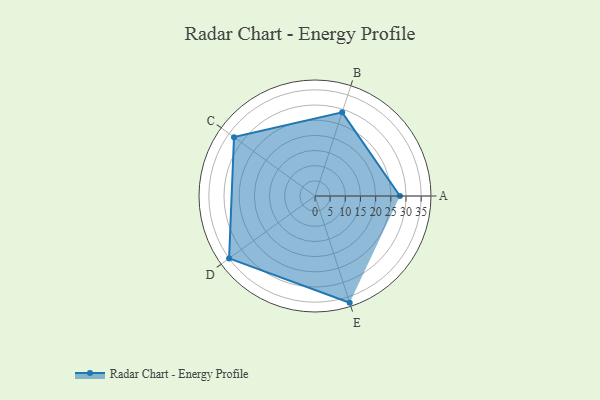
{"axis": {"x": "Skill", "y": "Score"}, "legend": ["Profile"], "data": [{"x": "A", "y": 28.0, "type": "Profile"}, {"x": "B", "y": 29.0, "type": "Profile"}, {"x": "C", "y": 33.0, "type": "Profile"}, {"x": "D", "y": 35.0, "type": "Profile"}, {"x": "E", "y": 37.0, "type": "Profile"}]}